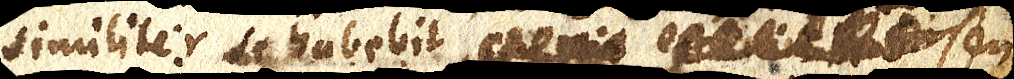
similiter se habebit, xx xx xx seu